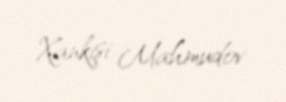
Xankişi Mahmudov